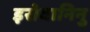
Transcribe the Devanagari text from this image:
इरोवानिनु